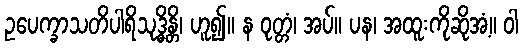
ဥပေက္ခာသတိပါရိသုဒ္ဓိန္တိ၊ ဟူ၍။ န ဝုတ္တံ၊ အပ်။ ပန၊ အထူးကိုဆိုအံ့။ ဝါ